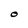
Character: O